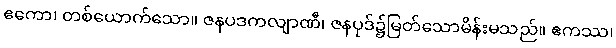
ဧကော၊ တစ်ယောက်သော။ ဇနပဒကလျာဏီ၊ ဇနပုဒ်၌မြတ်သောမိန်းမသည်။ ဧကဿ၊